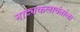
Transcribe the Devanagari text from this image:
नाट्यकलावंतांला